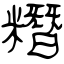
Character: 糣